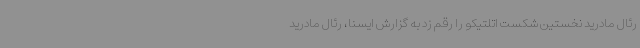
رئال مادرید نخستین شکست اتلتیکو را رقم زد به گزارش ایسنا، رئال مادرید